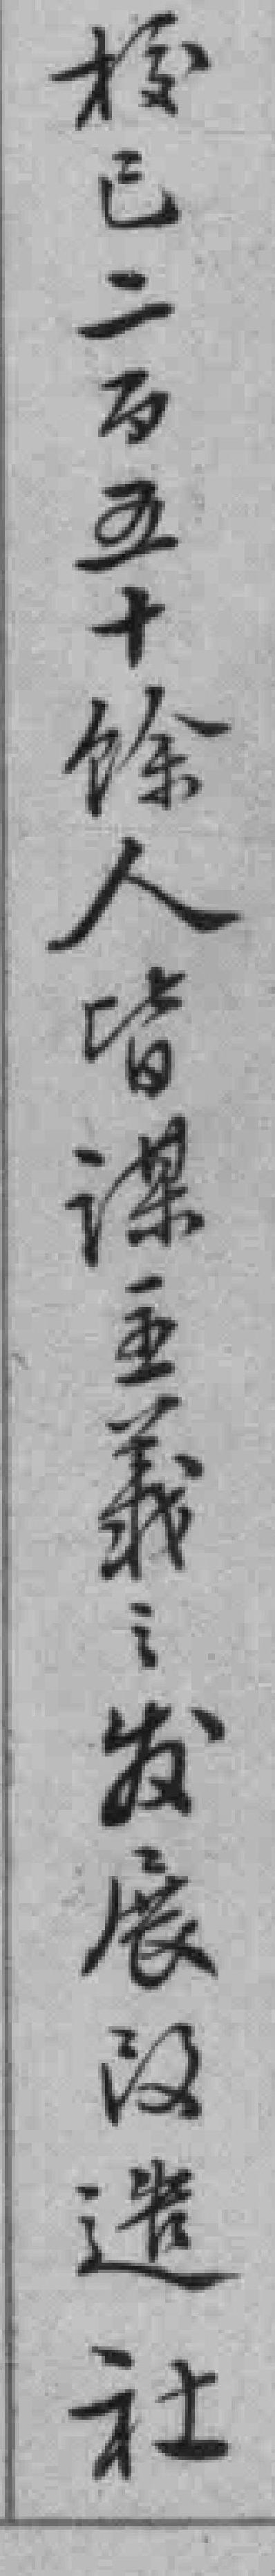
*已二百五十餘人皆谋主義之发展改造社